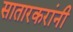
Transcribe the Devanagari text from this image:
सातारकरांनी